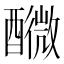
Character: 𨣟